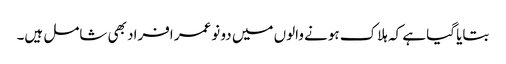
بتایا گیا ہے کہ ہلاک ہونے والوں میں دو نوعمر افراد بھی شامل ہیں۔